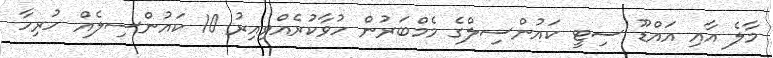
މާލެ އާއި އައްޑޫ ސިޓީ ކައުންސިލްގެ މެމްބަރުން ހުވާކުރެއްވިއިރު 10 ކައުންސިލެއް ހުރިހާ